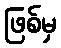
ဖြစ်မှ